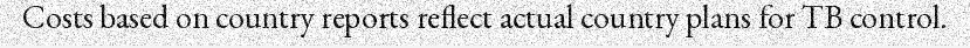
Costs based on country reports reflect actual country plans for TB control.